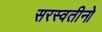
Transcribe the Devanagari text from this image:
सरस्वतीनो